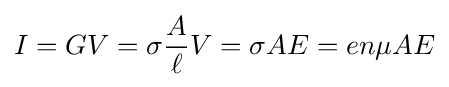
I=GV=\sigma {\frac {A}{\ell }}V=\sigma AE=en\mu AE